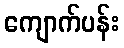
ကျောက်ပန်း